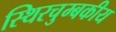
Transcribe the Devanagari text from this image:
स्थिरचुम्बकीय